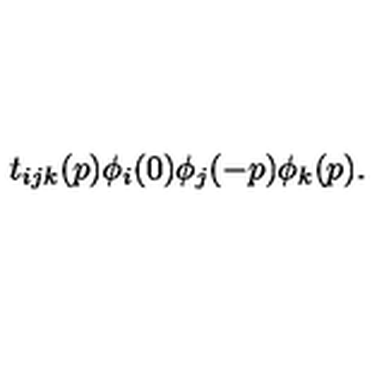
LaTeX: t _ { i j k } ( p ) \phi _ { i } ( 0 ) \phi _ { j } ( - p ) \phi _ { k } ( p ) .